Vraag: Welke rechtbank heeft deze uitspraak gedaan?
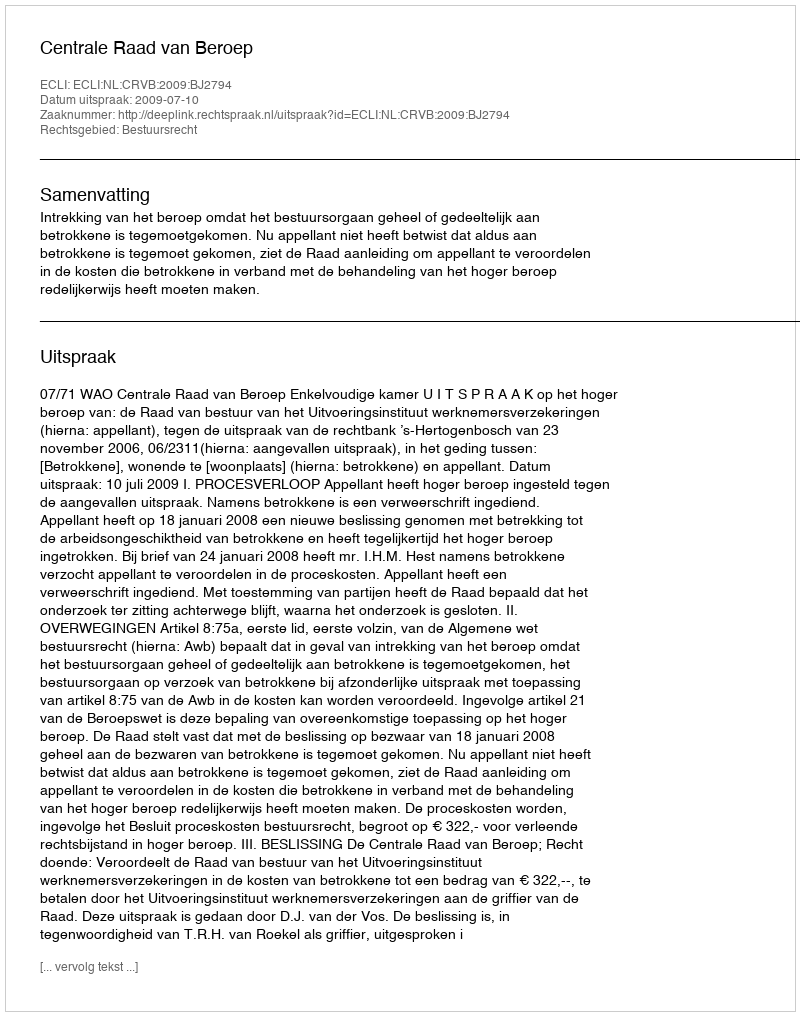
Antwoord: Centrale Raad van Beroep